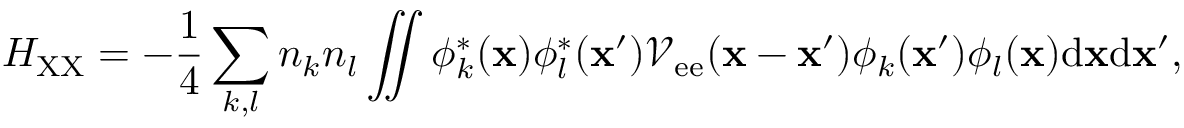
H _ { \mathrm { X X } } = - \frac { 1 } { 4 } \sum _ { k , l } { n _ { k } n _ { l } \iint { \phi _ { k } ^ { * } ( { \bf x } ) \phi _ { l } ^ { * } ( { \bf x } ^ { \prime } ) \mathcal { V } _ { \mathrm { e e } } ( { \bf x } - { \bf x } ^ { \prime } ) \phi _ { k } ( { \bf x } ^ { \prime } ) \phi _ { l } ( { \bf x } ) \mathrm { d } { \bf x } \mathrm { d } { \bf x } ^ { \prime } , } }